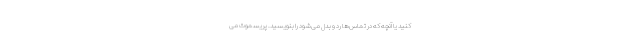
کنید یا آنچه که در تماس‌ها رد و بدل می‌شود را بنویسید. پریسموث می